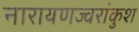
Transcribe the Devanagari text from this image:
नारायणज्वरांकुश